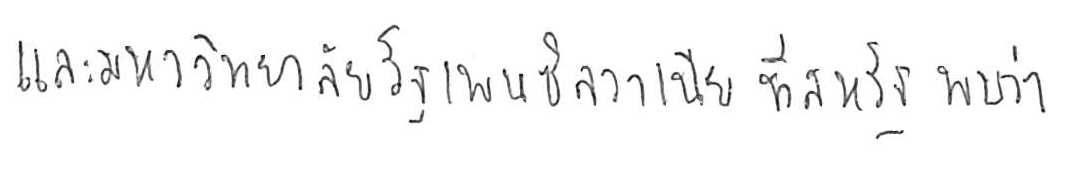
และมหาวิทยาลัยรัฐเพนซิลวาเนีย ที่สหรัฐ พบว่า